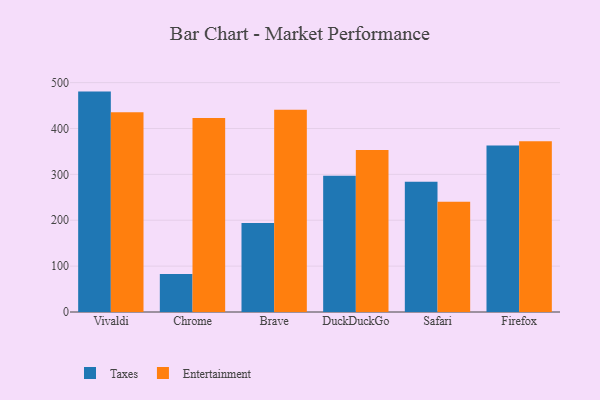
{"axis": {"x": "Browser", "y": "Backlog"}, "legend": ["Entertainment", "Taxes"], "data": [{"x": "Vivaldi", "y": 480.4, "type": "Taxes"}, {"x": "Vivaldi", "y": 435.2, "type": "Entertainment"}, {"x": "Chrome", "y": 82.9, "type": "Taxes"}, {"x": "Chrome", "y": 423.0, "type": "Entertainment"}, {"x": "Brave", "y": 194.0, "type": "Taxes"}, {"x": "Brave", "y": 440.6, "type": "Entertainment"}, {"x": "DuckDuckGo", "y": 296.9, "type": "Taxes"}, {"x": "DuckDuckGo", "y": 353.0, "type": "Entertainment"}, {"x": "Safari", "y": 283.9, "type": "Taxes"}, {"x": "Safari", "y": 240.2, "type": "Entertainment"}, {"x": "Firefox", "y": 363.0, "type": "Taxes"}, {"x": "Firefox", "y": 372.2, "type": "Entertainment"}]}